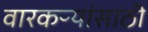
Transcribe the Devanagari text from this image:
वारकऱ्यांसाठी